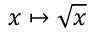
x \mapsto { \sqrt { x } }